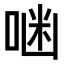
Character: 𠶑